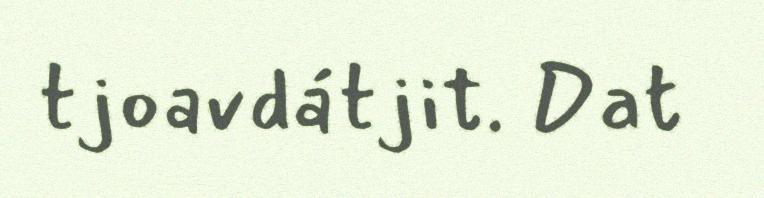
tjoavdátjit. Dat